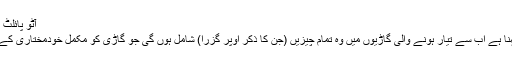
آٹو پائلٹ 2.0 کی دستیابی
ایلون مُسک کا کہنا ہے اب سے تیار ہونے والی گاڑیوں میں وہ تمام چیزیں (جن کا ذکر اوپر گزرا) شامل ہوں گی جو گاڑی کو مکمل خودمختاری کے لیے درکار ہیں۔